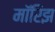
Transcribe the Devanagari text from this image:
मॉरिझ